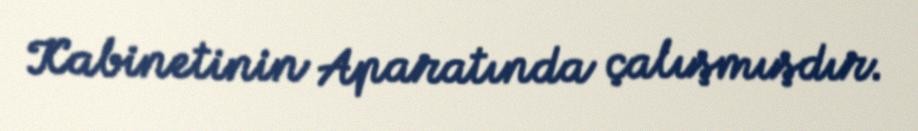
Kabinetinin Aparatında çalışmışdır.